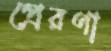
প্রেরণা